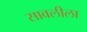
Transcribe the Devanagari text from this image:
सावलीला